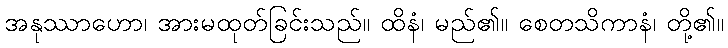
အနုဿာဟော၊ အားမထုတ်ခြင်းသည်။ ထိနံ၊ မည်၏။ စေတသိကာနံ၊ တို့၏။